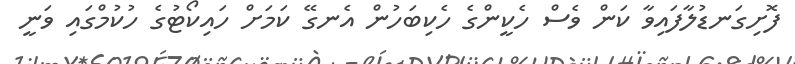
ފޮށިގަނޑުލާފައިވާ ކަން ވެސް ހެކީންގެ ހެކިބަހުން އެނގޭ ކަމަށް ހައިކޯޓުގެ ހުކުމްގައި ވަނީ